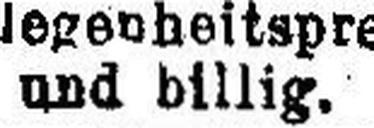
und billig.